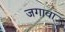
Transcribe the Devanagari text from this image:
जगावा